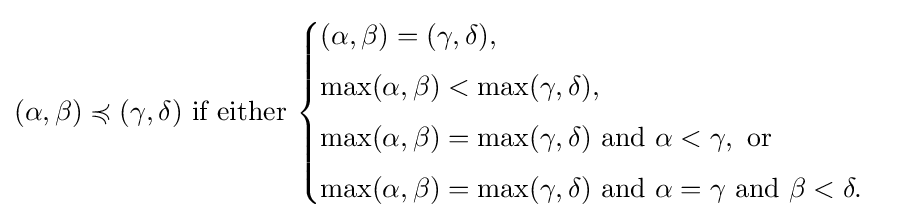
(\alpha ,\beta )\preccurlyeq (\gamma ,\delta ){\text{ if either }}{\begin{cases}(\alpha ,\beta )=(\gamma ,\delta ),\\[4pt]\max(\alpha ,\beta )<\max(\gamma ,\delta ),\\[4pt]\max(\alpha ,\beta )=\max(\gamma ,\delta )\ {\text{and}}\ \alpha <\gamma ,{\text{ or}}\\[4pt]\max(\alpha ,\beta )=\max(\gamma ,\delta )\ {\text{and}}\ \alpha =\gamma \ {\text{and}}\ \beta <\delta .\end{cases}}